Annual administration report of the Civil Veterinary Department of India - 1907-1908
Year: 1907
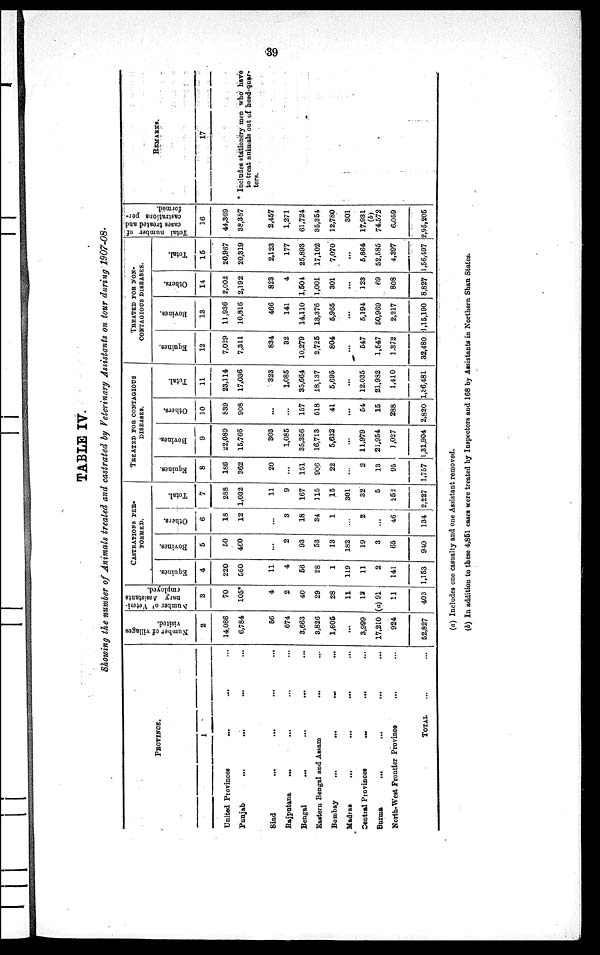
39
TABLE IV.
Showing the number of Animals treated and castrated by Veterinary Assistants on tour during 1907-08.
PROVINCE.
1
United Provinces
...
... ...
Punjab ... ... ... ...
Sind ... ... ... ...
Rajputana
... ... ... ...
Bengal
... ... ... ...
Eastern Bengal and Assam ... ...
Bombay
...
...
...
...
Madras
...
...
...
...
Central Provinces
...
... ...
Burma
... ... ... ...
North-West Frontier Province ... ...
TOTAL ... ...
Number of villages
visited.
2
14,086
6,784
56
674
3,663
3,826
1,605
...
3,999
17,210
924
52,827
Number of Veteri-
nary Assistants
employed.
3
70
105*
4
2
40
29
28
11
12
(a) 91
11
403
CASTRATIONS PER.
FORMED.
Equines.
4
220
560
11
4
56
28
1
119
11
2
141
1,153
Bovines.
5
50
460
...
2
93
53
13
182
19
3
65
940
Others.
6
18
12
...
3
18
34
1
...
2
...
46
134
Total.
7
288
1,032
11
9
167
115
15
301
32
5
252
2,227
TREATED FOR CONTAGIOUS
DISEASES.
Equines.
8
186
362
20
...
151
906
22
...
2
13
95
1,757
Bovines.
9
22,089
15,766
303
1,085
35,356
16,713
5,632
...
11,979
21,954
1,027
1,31,904
Others.
10
839
908
...
...
157
518
41
...
54
15
288
2,820
Total.
11
23,114
17,036
323
1,085
35,664
18,137
5,695
...
12,035
21,982
1,410
1,36,481
TREATED FOR NON-
CONTAGIOUS DISEASES.
Equines.
12
7,029
7,311
834
32
10,279
2,725
804
...
547
1,547
1,372
32,480
Bovines.
13
11,936
10,816
466
141
14,110
13,376
5,965
...
5,194
50,969
2,217
1,15,190
Others.
14
2,002
2,192
823
4
1,504
1,001
301
...
123
69
808
8,827
Total.
15
20,967
20,319
2,123
177
25,893
17,102
7,070
...
5,864
52,585
4,397
1,56,497
Total number of
cases treated and
castrations per-
formed.
16
44,369
38,387
2,457
1,271
61,724
35,354
12,780
301
17,931
(b)
74,572
6,059
2,95,205
REMARKS.
17
* Includes stationery men who have
to treat animals out of head-quar-
ters.
(a) Includes one casualty and one Assistant removed.
(b) In addition to these 4,851 cases were treated by Inspectors and 168 by Assistants in Northern Shan States.